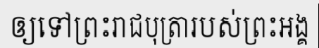
ឲ្យទៅព្រះរាជបុត្រារបស់ព្រះអង្គ